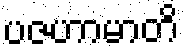
ပဇဟာမာတိ